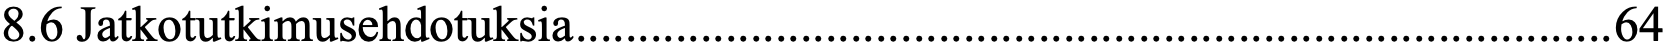
8.6 Jatkotutkimusehdotuksia ................................................................................... 64